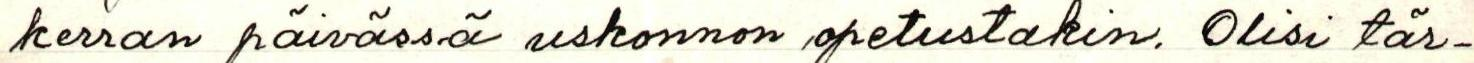
kerran päivässä uskonnon opetustakin. Olisi tär-